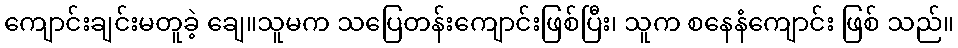
ကျောင်းချင်းမတူခဲ့ ချေ။သူမက သပြေတန်းကျောင်းဖြစ်ပြီး၊ သူက စနေနံကျောင်း ဖြစ် သည်။